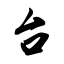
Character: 台